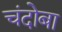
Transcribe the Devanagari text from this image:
चंदोबा